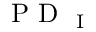
\mathrm { ~ P ~ D ~ } _ { \mathrm { ~ I ~ } }